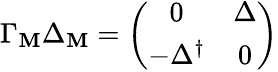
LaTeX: \Gamma_{\mathbf{M}}\Delta_{\mathbf{M}}=\left(\begin{array}{cc}{{0}}&{{\Delta}}\\ {{-\Delta^{\dagger}}}&{{0}}\end{array}\right)